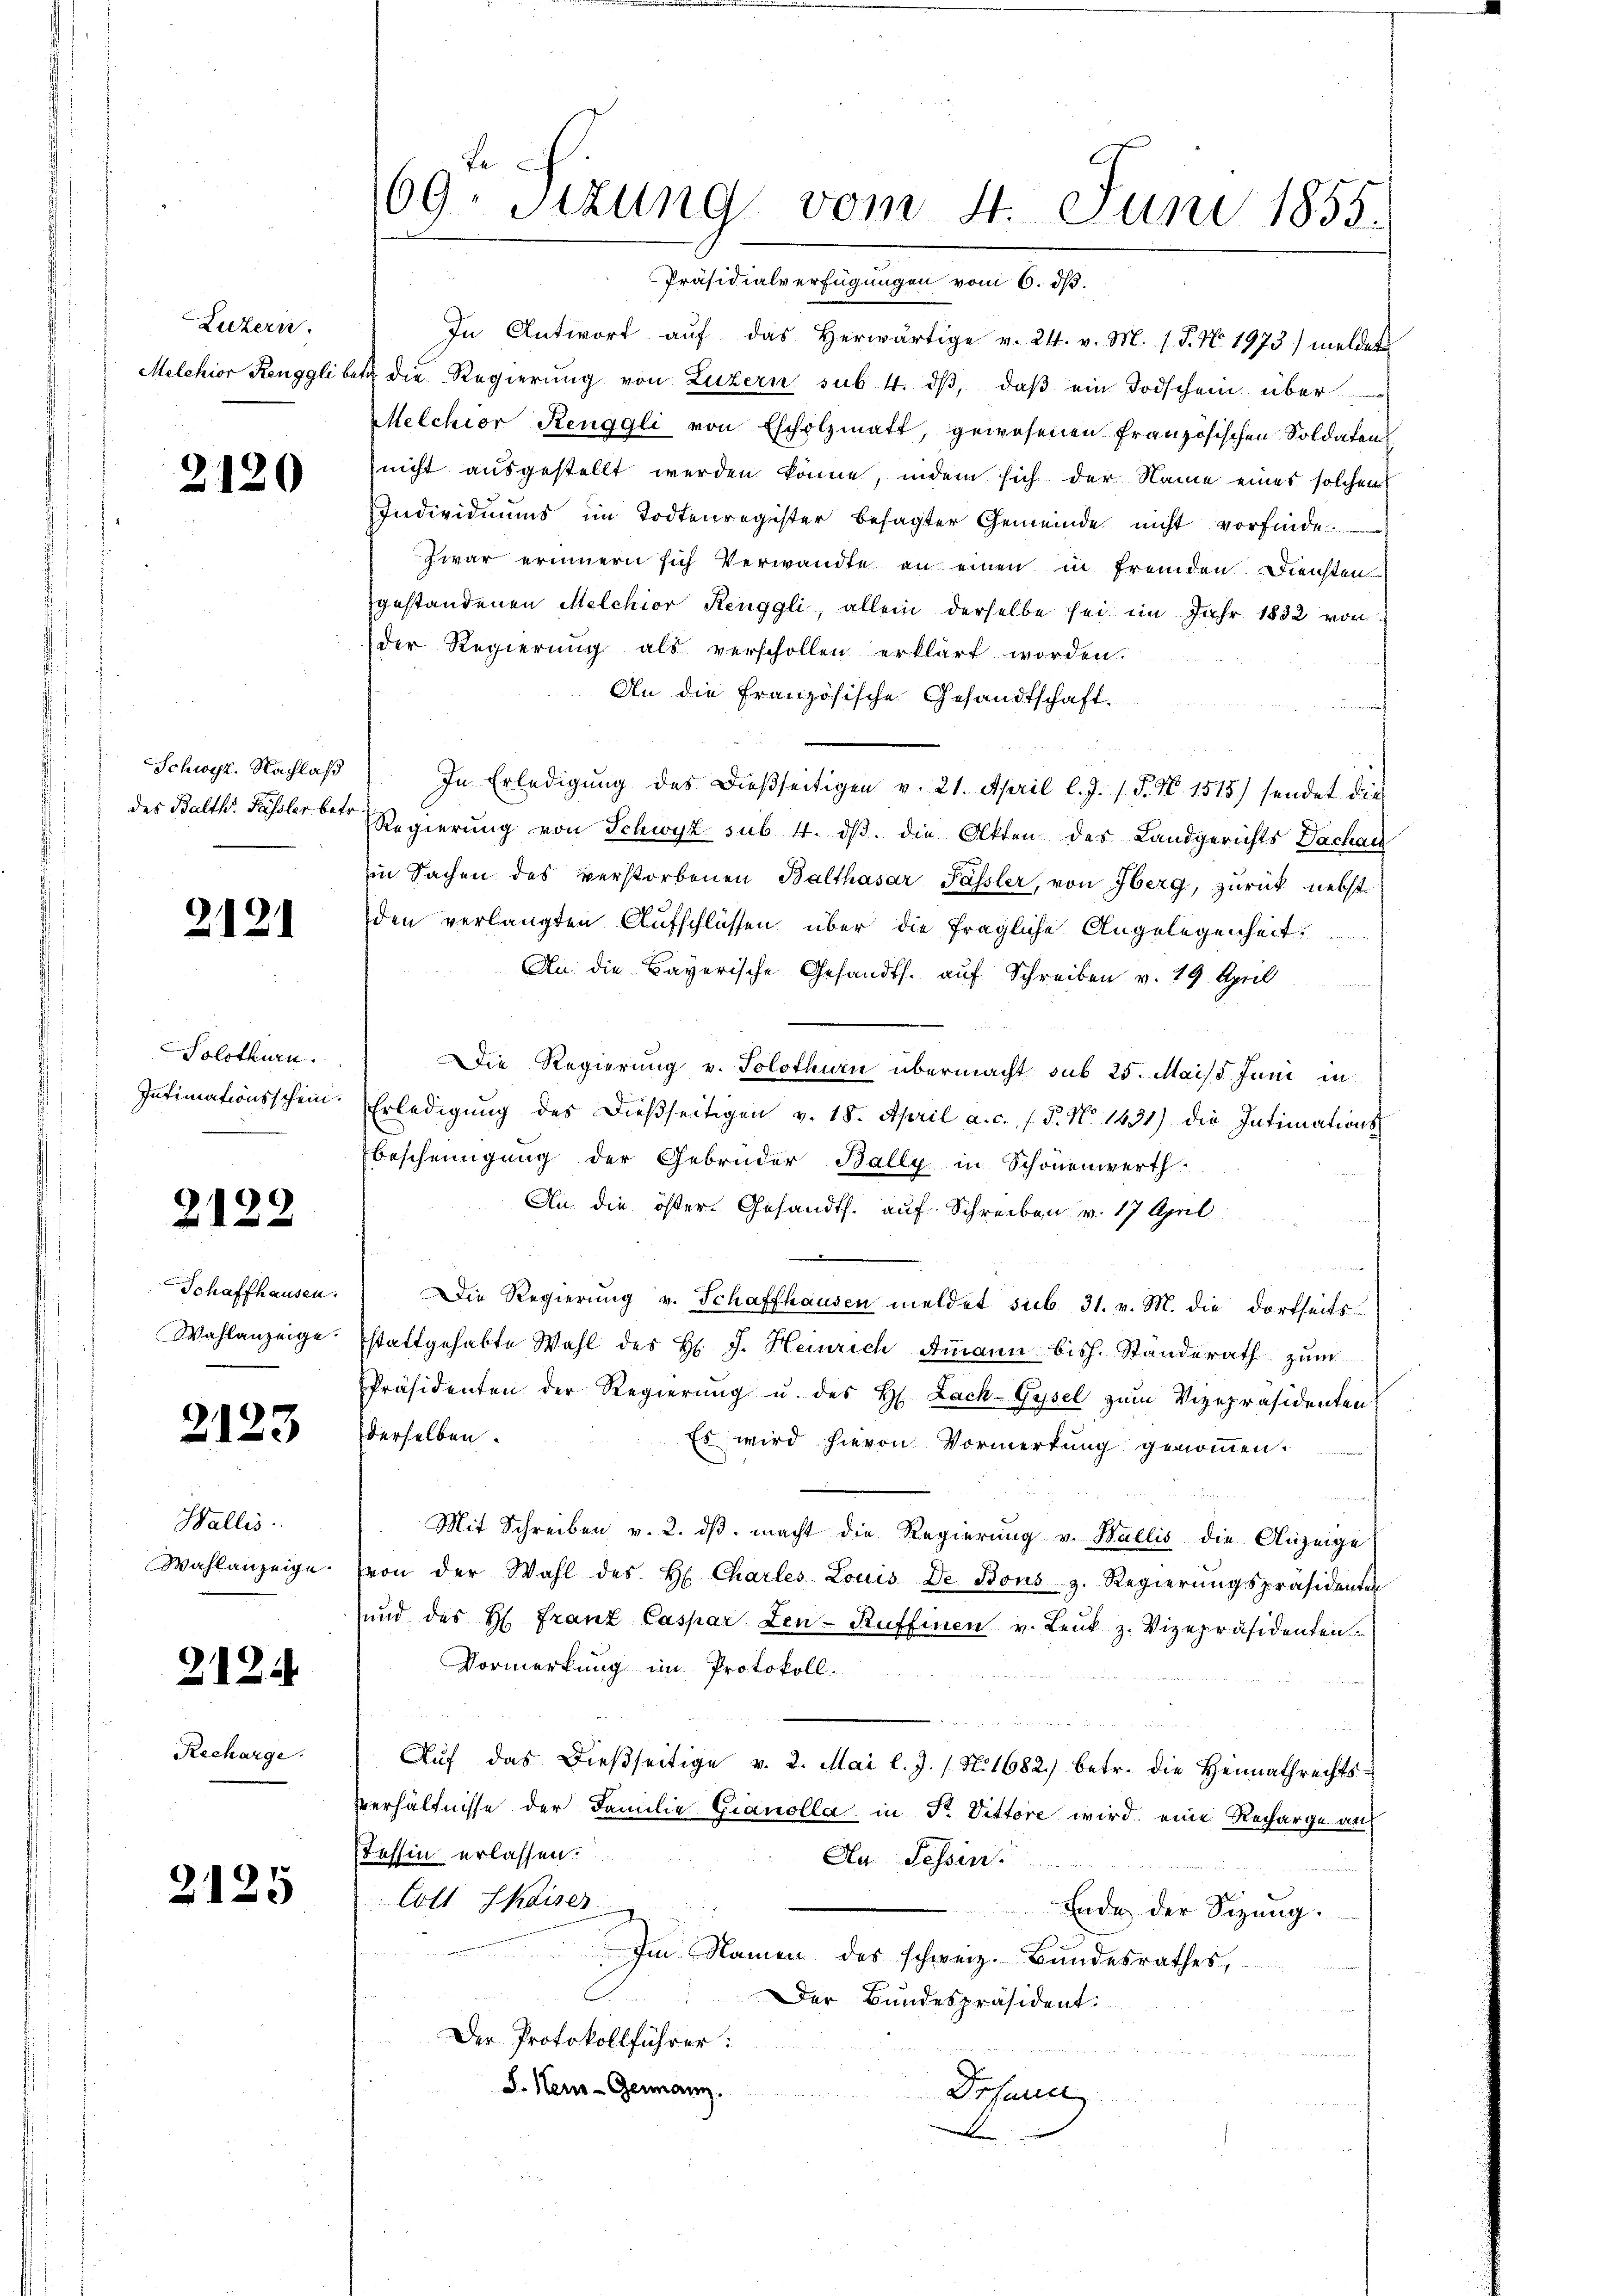
Luzern.

2120

Schwyz. Nachlaß
des Balth. Fassler betr.

2121

Solothurn.
Intimationsschein.

2122

Schaffhausen.
Wahlanzeige.

2123

Wallis
Wahlanzeige.

212

Recharge.

2125

69ten Sizung vom 4. Juni 1855.
Präsidialverfügungen vom 6. ds.

In Antwort auf das herwärtige v. 24. v. M. (T. N. 1973) meldet
Melchior Renggliber die Regierŭng von Luzern sub 4. dβ, daβ ein Todschein über
Melchior Renggli von Escholzmatt, gewesenen französischen Soldaten
nicht ausgestellt werden könne, indem sich der Name eines solchen
Individuums im Todtenregister besagter Gemeinde nicht vorfinde
zwar erinnern sich Verwandte an einen in fremden Diensten
gestandenen Melchior Renggli, allein derselbe sei im Jahr 1832 von
der Regierŭng als verschollen erklärt worden.
An die Französische Gesandtschaft.
In Erledigŭng des dießseitigen v. 21. April l. J. P. Nr. 1515) sendet die
Regierung von Schwyz sub. 4. dβ die Akten des Landgerichts Dachau
in Sachen des verstorbenen Balthasar Passler, von Oberg, zurück nebst
den verlangten Aufschlüssen über die fragliche Angelegenheit
An die Bayerische Gesandts. auf Schreiben v. 29. April
Die Regierung v. Solothurn übermacht sub 25. Mais Juni in
Erledigŭng des dießseitigen v. 18. April a. c. s. 5. No 1431) die Intimations-
bescheinigŭng der Gebrüder Bally in Schönenwerth
An die öster Gesandts. auf Schreiben v. 17 April
Die Regierŭng v. Schaffhausen meldet sub. 31. v. M. die dortseits
stattgehabte Wahl des H. J. Heinrich Ammann bish. Standerath zum
Präsidenten der Regierŭng u. des H. Lack-Gysel zum Vizepräsidenten
derselben.
Es wird hievon Vormerkung genommen.
Mit Schreiben v. 2. dβ macht die Regierung v. Wallis die Anzeige
von der Wahl des H. Chartes Louis de Bons z. Regierungspräsidenten
und des H. Franz Caspar Len-Ruffinen v. Leŭt z. Vizepräsidenten.
Vormerkung im Protokoll.
Aŭf das dießseitige v. 2. Mai l. J. N. 1682.) betr. die Heimathrechts-
Verhältnisse der Familie Gianolla in Fr. Dittore wird, eine Recharge an
Tessin erlassen.
An Fessen
Cott kaiser
Ende der Sizung.
Im Namen des schweiz. Bundesrathes,
Der Bundespräsident:
Der Protokollführer:
S. Heus-Germann.
Drfeuer
e